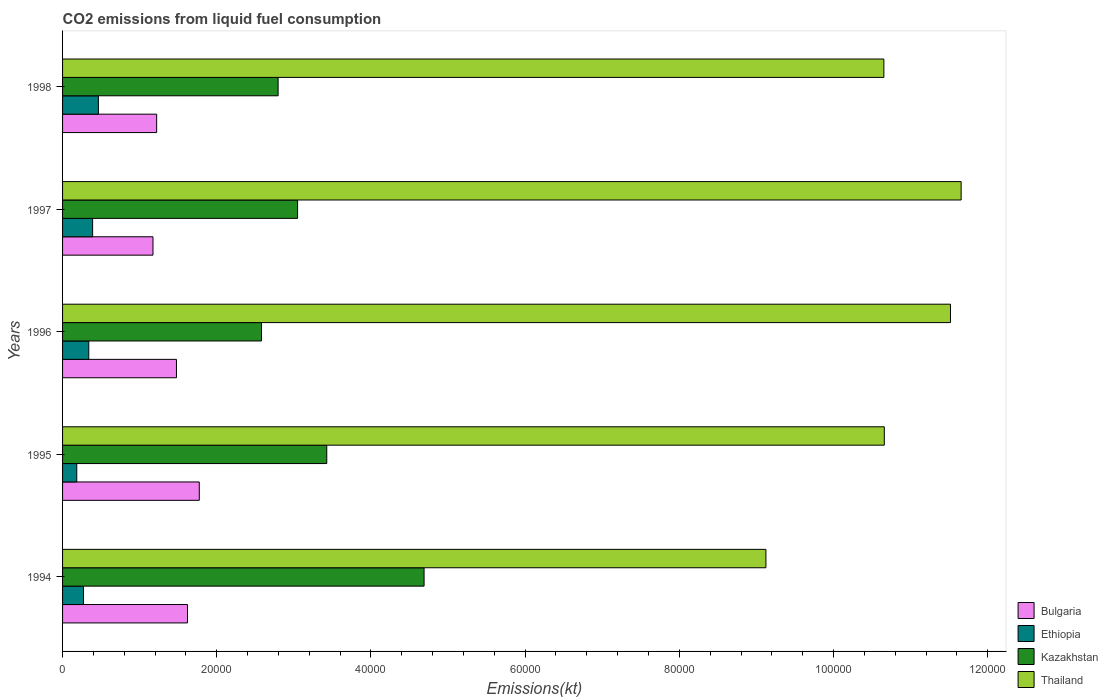
| Years | Bulgaria | Ethiopia | Kazakhstan | Thailand |
 | --- | --- | --- | --- | --- |
 | 1994 | 1.62e+04 | 2.72e+03 | 4.69e+04 | 9.12e+04 |
 | 1995 | 1.77e+04 | 1.84e+03 | 3.43e+04 | 1.07e+05 |
 | 1996 | 1.48e+04 | 3.4e+03 | 2.58e+04 | 1.15e+05 |
 | 1997 | 1.17e+04 | 3.9e+03 | 3.05e+04 | 1.17e+05 |
 | 1998 | 1.22e+04 | 4.65e+03 | 2.8e+04 | 1.07e+05 |